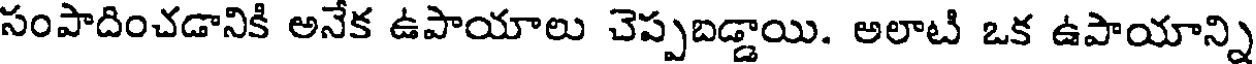
సంపాదించడానికి అనేక ఉపాయాలు చెప్పబడ్డాయి. అలాటి ఒక ఉపాయాన్ని